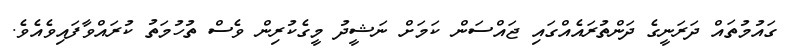
ގައުމުތައް ދަރަނީގެ ދަންތުރައެއްގައި ޖައްސަން ކަމަށް ނަޝީދު މީގެކުރިން ވެސް ތުހުމަތު ކުރައްވާފައިވެއެވެ.